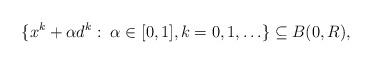
LaTeX: \begin{align*}\{x^k + \alpha d^k:\; \alpha\in [0,1], k = 0,1,\ldots\}\subseteq B(0,R),\end{align*}